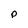
Character: p